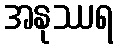
အနုဿရ